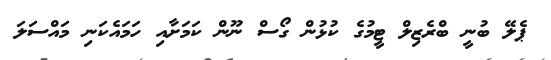
ޕެލޭ ބުނީ ބްރެޒިލް ޓީމުގެ ކުޅުން ގޯސް ނޫން ކަމަށާއި ހަމައެކަނި މައްސަލަ